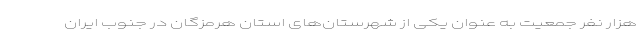
هزار نفر جمعیت به عنوان یکی از شهرستان‌های استان هرمزگان در جنوب ایران